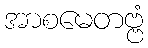
အာစမေတဗ္ဗံ